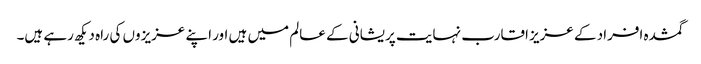
گمشدہ افراد کے عزیز اقارب نہایت پریشانی کے عالم میں ہیں اور اپنے عزیزوں کی راہ دیکھ رہے ہیں۔